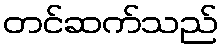
တင်ဆက်သည်